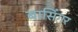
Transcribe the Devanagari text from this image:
बासिंगर